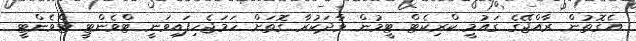
އެގޮތުން ރާއްޖޭގެ ގައުމީ ކްރިކެޓް ޓީމުން ވާދަކުރާ ގޮތަށް ހަމަޖެހިފައިވަނީ ޓްވެންޓީ ޓްވެންޓީ